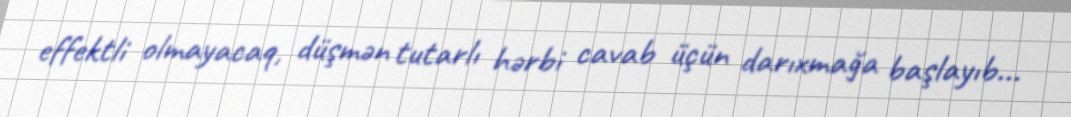
effektli olmayacaq, düşmən tutarlı hərbi cavab üçün darıxmağa başlayıb...